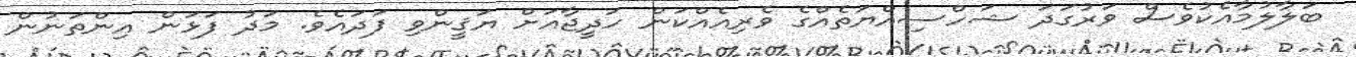
ބަލާލުމާއެކުވެސް ވަރުގަދަ ޝަހްސިއްޔަތެއްގެ ވެރިއެއްކަން ހަދީޖާއަށް ޔަޤީންވި ފަދައެވެ. މަދު ފަޅަން އިންތަނުން